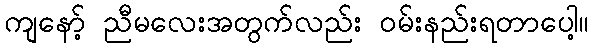
ကျနော့် ညီမလေးအတွက်လည်း ဝမ်းနည်းရတာပေါ့။